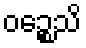
ဝဉ္စေသိ